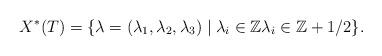
LaTeX: \begin{align*}X^*(T) = \{\lambda=(\lambda_1,\lambda_2,\lambda_3) \mid \lambda_i \in{\mathbb Z} \lambda_i \in{\mathbb Z}+1/2 \}.\end{align*}